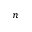
n